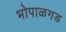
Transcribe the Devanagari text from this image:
भोपाळगड